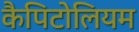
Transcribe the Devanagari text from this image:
कैपिटोलियम